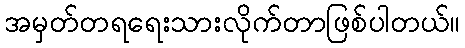
အမှတ်တရရေးသားလိုက်တာဖြစ်ပါတယ်။